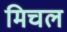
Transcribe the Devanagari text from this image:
मिचल